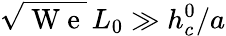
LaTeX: \sqrt{\mathrm{~W~e~}}\, L_{0}\gg h_{c}^{0}/a